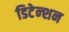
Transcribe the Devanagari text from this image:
डिटेन्शन